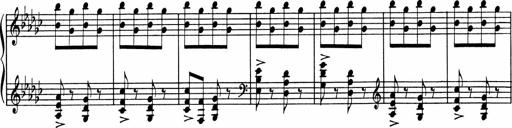
Title: Sonatine pour piano
Composer: Albert Roussel